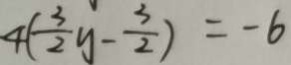
4 ( \frac { 3 } { 2 } y - \frac { 3 } { 2 } ) = - 6